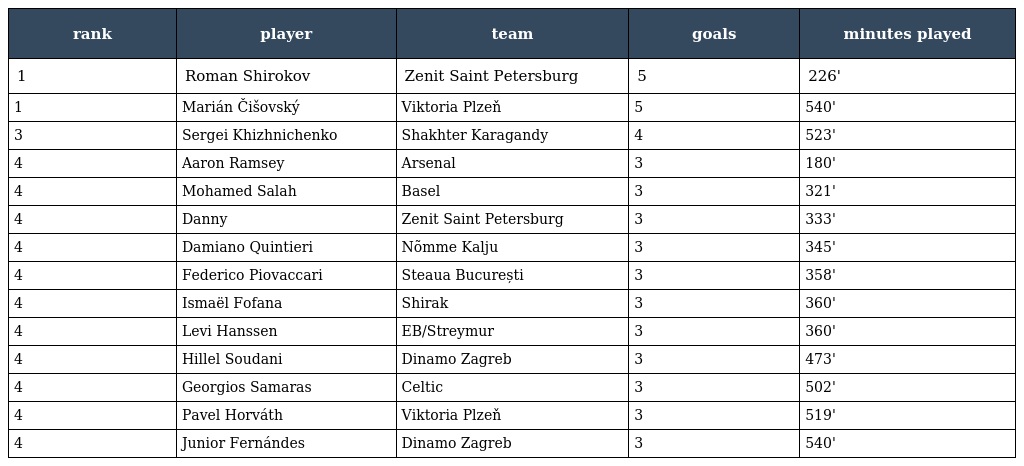
| rank | player | team | goals | minutes played |
 | --- | --- | --- | --- | --- |
 | 1 | Roman Shirokov | Zenit Saint Petersburg | 5 | 226' |
 | 1 | Marián Čišovský | Viktoria Plzeň | 5 | 540' |
 | 3 | Sergei Khizhnichenko | Shakhter Karagandy | 4 | 523' |
 | 4 | Aaron Ramsey | Arsenal | 3 | 180' |
 | 4 | Mohamed Salah | Basel | 3 | 321' |
 | 4 | Danny | Zenit Saint Petersburg | 3 | 333' |
 | 4 | Damiano Quintieri | Nõmme Kalju | 3 | 345' |
 | 4 | Federico Piovaccari | Steaua București | 3 | 358' |
 | 4 | Ismaël Fofana | Shirak | 3 | 360' |
 | 4 | Levi Hanssen | EB/Streymur | 3 | 360' |
 | 4 | Hillel Soudani | Dinamo Zagreb | 3 | 473' |
 | 4 | Georgios Samaras | Celtic | 3 | 502' |
 | 4 | Pavel Horváth | Viktoria Plzeň | 3 | 519' |
 | 4 | Junior Fernándes | Dinamo Zagreb | 3 | 540' |